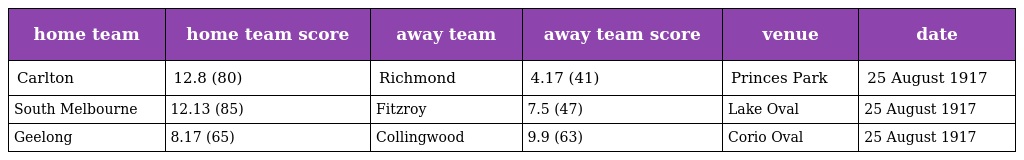
| home team | home team score | away team | away team score | venue | date |
 | --- | --- | --- | --- | --- | --- |
 | Carlton | 12.8 (80) | Richmond | 4.17 (41) | Princes Park | 25 August 1917 |
 | South Melbourne | 12.13 (85) | Fitzroy | 7.5 (47) | Lake Oval | 25 August 1917 |
 | Geelong | 8.17 (65) | Collingwood | 9.9 (63) | Corio Oval | 25 August 1917 |